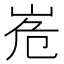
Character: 峞